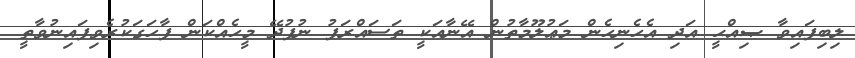
ލިބިފައިވާ ޞިއްޙީ އަދި އެހެނިހެން މަޢުލޫމާތުން އޭނާއަކީ ތަސައްރަފު ނުފުދޭ މީހެއްކަން ފާހަގަކުރެވިފައިނުވާތީ